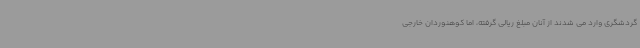
گردشگری وارد می شدند از آنان مبلغ ریالی گرفته، اما کوهنوردان خارجی